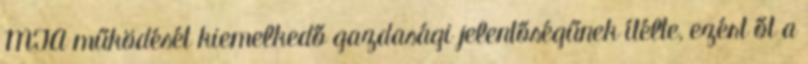
MTA működését kiemelkedő gazdasági jelentőségűnek ítélte, ezért őt a